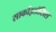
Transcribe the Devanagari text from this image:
सार्काइडॉसिस